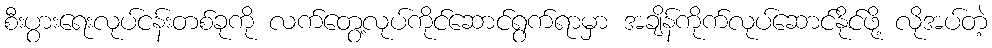
စီးပွားရေးလုပ်ငန်းတစ်ခုကို လက်တွေ့လုပ်ကိုင်ဆောင်ရွက်ရာမှာ အချိန်ကိုက်လုပ်ဆောင်နိုင်ဖို့ လိုအပ်တဲ့